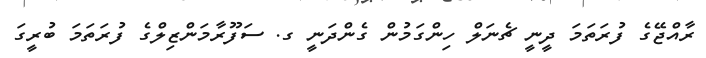
ރާއްޖޭގެ ފުރަތަމަ ދީނީ ޗެނަލް ހިންގަމުން ގެންދަނީ ގ. ސަފޫރާމަންޒިލްގެ ފުރަތަމަ ބުރީގަ